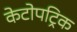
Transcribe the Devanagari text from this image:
केटोपट्रिक